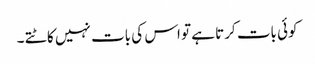
کوئی بات کرتا ہے تو اس کی بات نہیں کاٹتے ۔